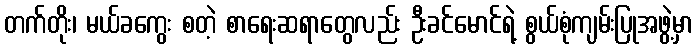
တက်တိုး၊ မယ်ခကွေး စတဲ့ စာရေးဆရာတွေလည်း ဦးခင်မောင်ရဲ့ စွယ်စုံကျမ်းပြုအဖွဲ့မှာ